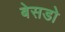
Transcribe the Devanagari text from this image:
बेसडो